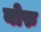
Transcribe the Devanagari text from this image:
योरु